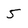
Character: 5